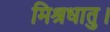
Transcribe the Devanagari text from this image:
मिश्रधातु।